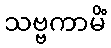
သဗ္ဗကာမိံ